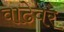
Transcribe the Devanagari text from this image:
वाढेवर